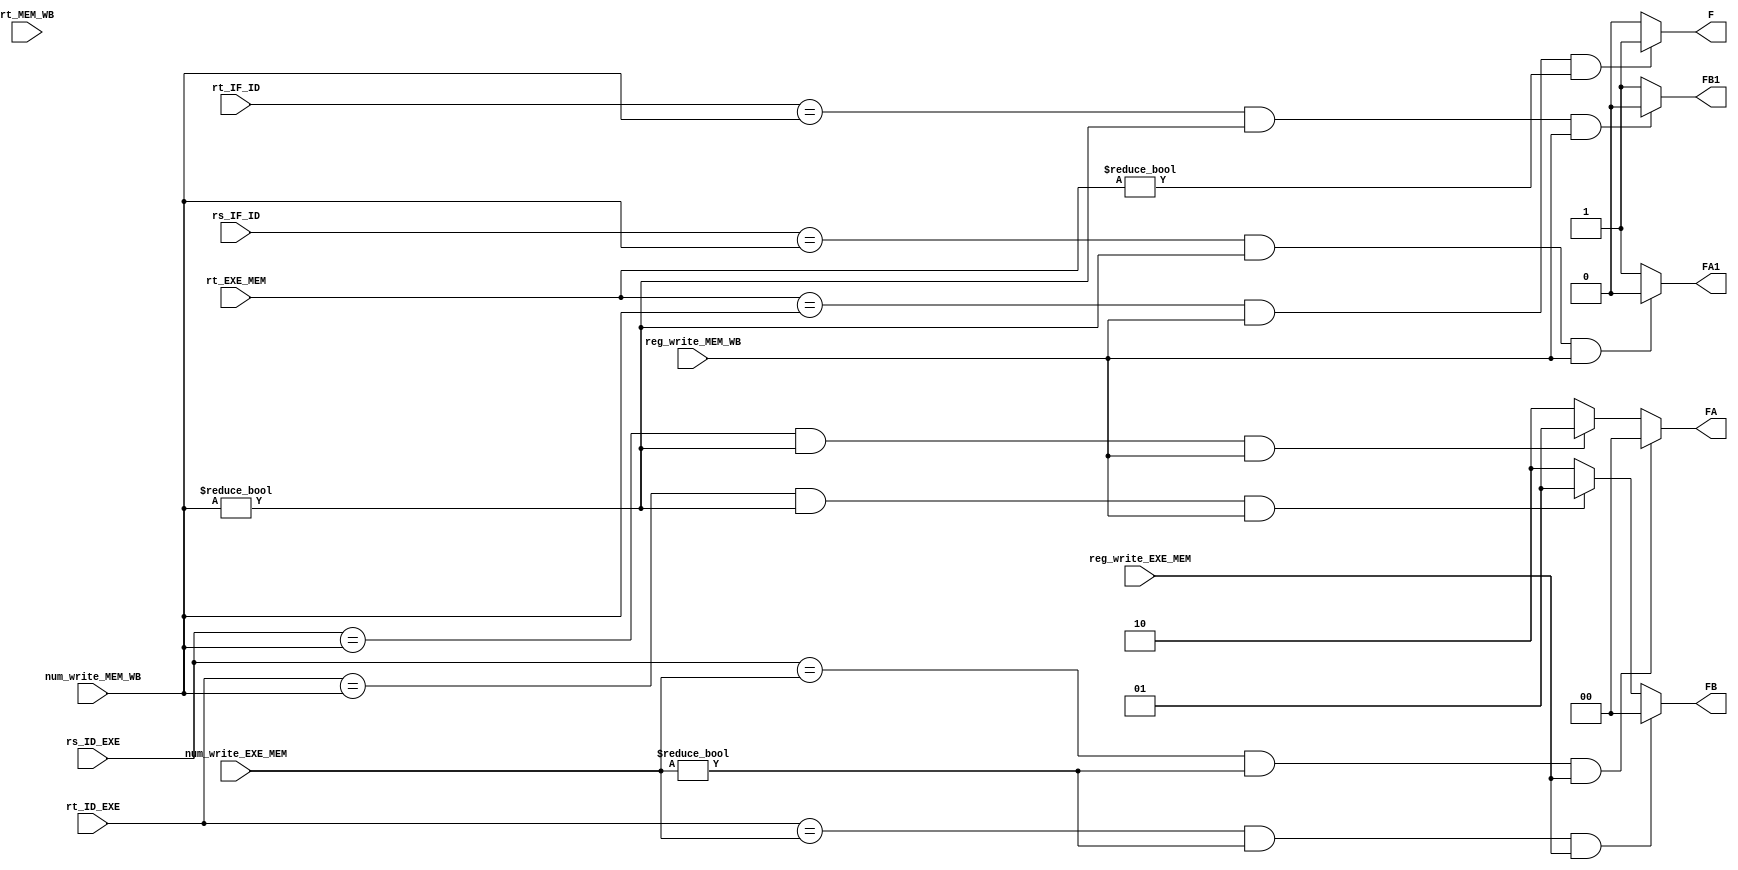
module forward(rs_ID_EXE,rt_ID_EXE,rs_IF_ID,rt_IF_ID,num_write_EXE_MEM,num_write_MEM_WB,rt_EXE_MEM,rt_MEM_WB,FA,FB,FA1,FB1,F,reg_write_MEM_WB,reg_write_EXE_MEM);
	
	input [4:0] rs_ID_EXE;
	input [4:0] rt_ID_EXE;
	input [4:0] rs_IF_ID;
	input [4:0] rt_IF_ID;
	input [4:0] num_write_EXE_MEM;
	input [4:0] num_write_MEM_WB;
	input [4:0] rt_EXE_MEM;
	input [4:0] rt_MEM_WB;
	input reg_write_EXE_MEM;
	input reg_write_MEM_WB;
	output reg [1:0] FA;
	output reg [1:0] FB;
	output reg F;
	output reg FA1;
	output reg FB1;
always@(*)
	begin
		FA = 2;FB = 2;
		FA1 = 1;FB1 = 1;
		F = 0;
		
        if (rs_ID_EXE == num_write_EXE_MEM && num_write_EXE_MEM!=0 && reg_write_EXE_MEM)
            FA = 0;
		else if (rs_ID_EXE == num_write_MEM_WB && num_write_MEM_WB!=0 && reg_write_MEM_WB)
             FA = 1;
        if (rt_ID_EXE == num_write_EXE_MEM && num_write_EXE_MEM!=0 && reg_write_EXE_MEM)
            FB = 0;
		else if (rt_ID_EXE == num_write_MEM_WB && num_write_MEM_WB!=0 && reg_write_MEM_WB)
            FB = 1;
			
		if (rs_IF_ID == num_write_MEM_WB && num_write_MEM_WB!=0 && reg_write_MEM_WB)
             FA1= 0;
        if (rt_IF_ID == num_write_MEM_WB && num_write_MEM_WB!=0 && reg_write_MEM_WB)
            FB1 = 0;
			
		if(rt_EXE_MEM == num_write_MEM_WB  && reg_write_MEM_WB && rt_EXE_MEM!=0  )
		   F=1;

	end

endmodule